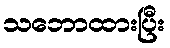
သဘောထားပြီး